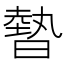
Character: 暬